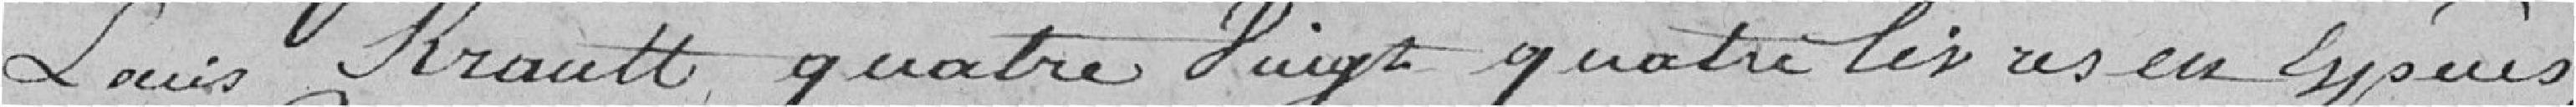
Louis Krault, quatre vingt quatre livres en espèces